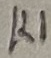
Text: K1